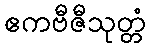
ဧကဗီဇီသုတ္တံ